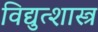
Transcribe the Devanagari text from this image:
विद्युत्शास्त्र